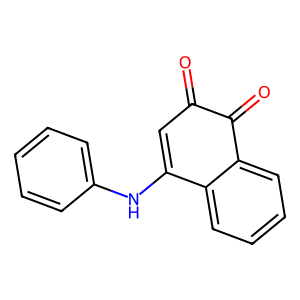
SMILES: O=C1C=C(Nc2ccccc2)c2ccccc2C1=O
Inhibits HIV replication: No